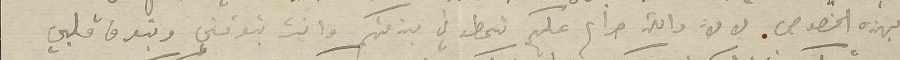
بهذه الخصوص لان والله حرام عليكم تحطوني بذمتكم وانت بتعرفني وبتعرف قلبي